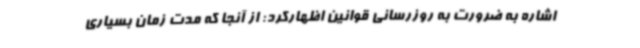
اشاره به ضرورت به روزرسانی قوانین اظهارکرد: از آنجا که مدت زمان بسیاری